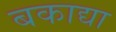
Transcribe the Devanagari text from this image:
बकाद्या